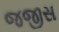
જજીસ